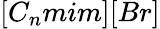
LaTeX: [C_{n}mim][Br]